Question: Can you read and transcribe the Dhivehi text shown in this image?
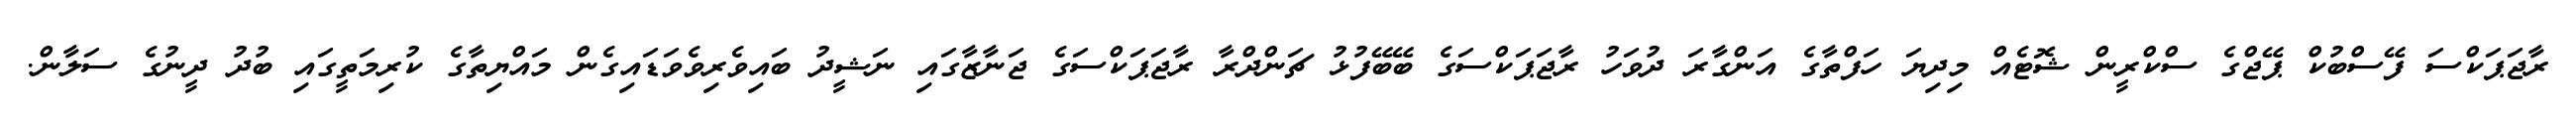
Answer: ރާޖަޕަކްސަ ފޭސްބުކް ޕޭޖްގެ ސްކްރީން ޝޮޓެއް މިދިޔަ ހަފްތާގެ އަންގާރަ ދުވަހު ރާޖަޕަކްސަގެ ބޭބޭފުޅު ޗަންދްރާ ރާޖަޕަކްސަގެ ޖަނާޒާގައި ނަޝީދު ބައިވެރިވެވަޑައިގެން މައްޔިތާގެ ކުރިމަތީގައި ބުދު ދީނުގެ ސަލާން.